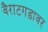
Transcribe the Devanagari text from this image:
वैराटगडावर